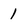
Character: 1